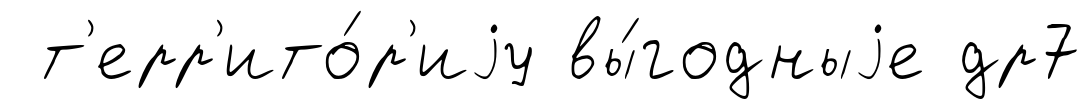
т'ерр'ито́р'иjу вы́годныjе др7